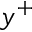
y ^ { + }